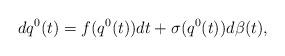
LaTeX: \begin{align*}dq^0(t)=f(q^0(t))dt+\sigma(q^0(t))d\beta(t),\end{align*}